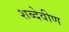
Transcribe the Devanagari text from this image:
शब्देवीण